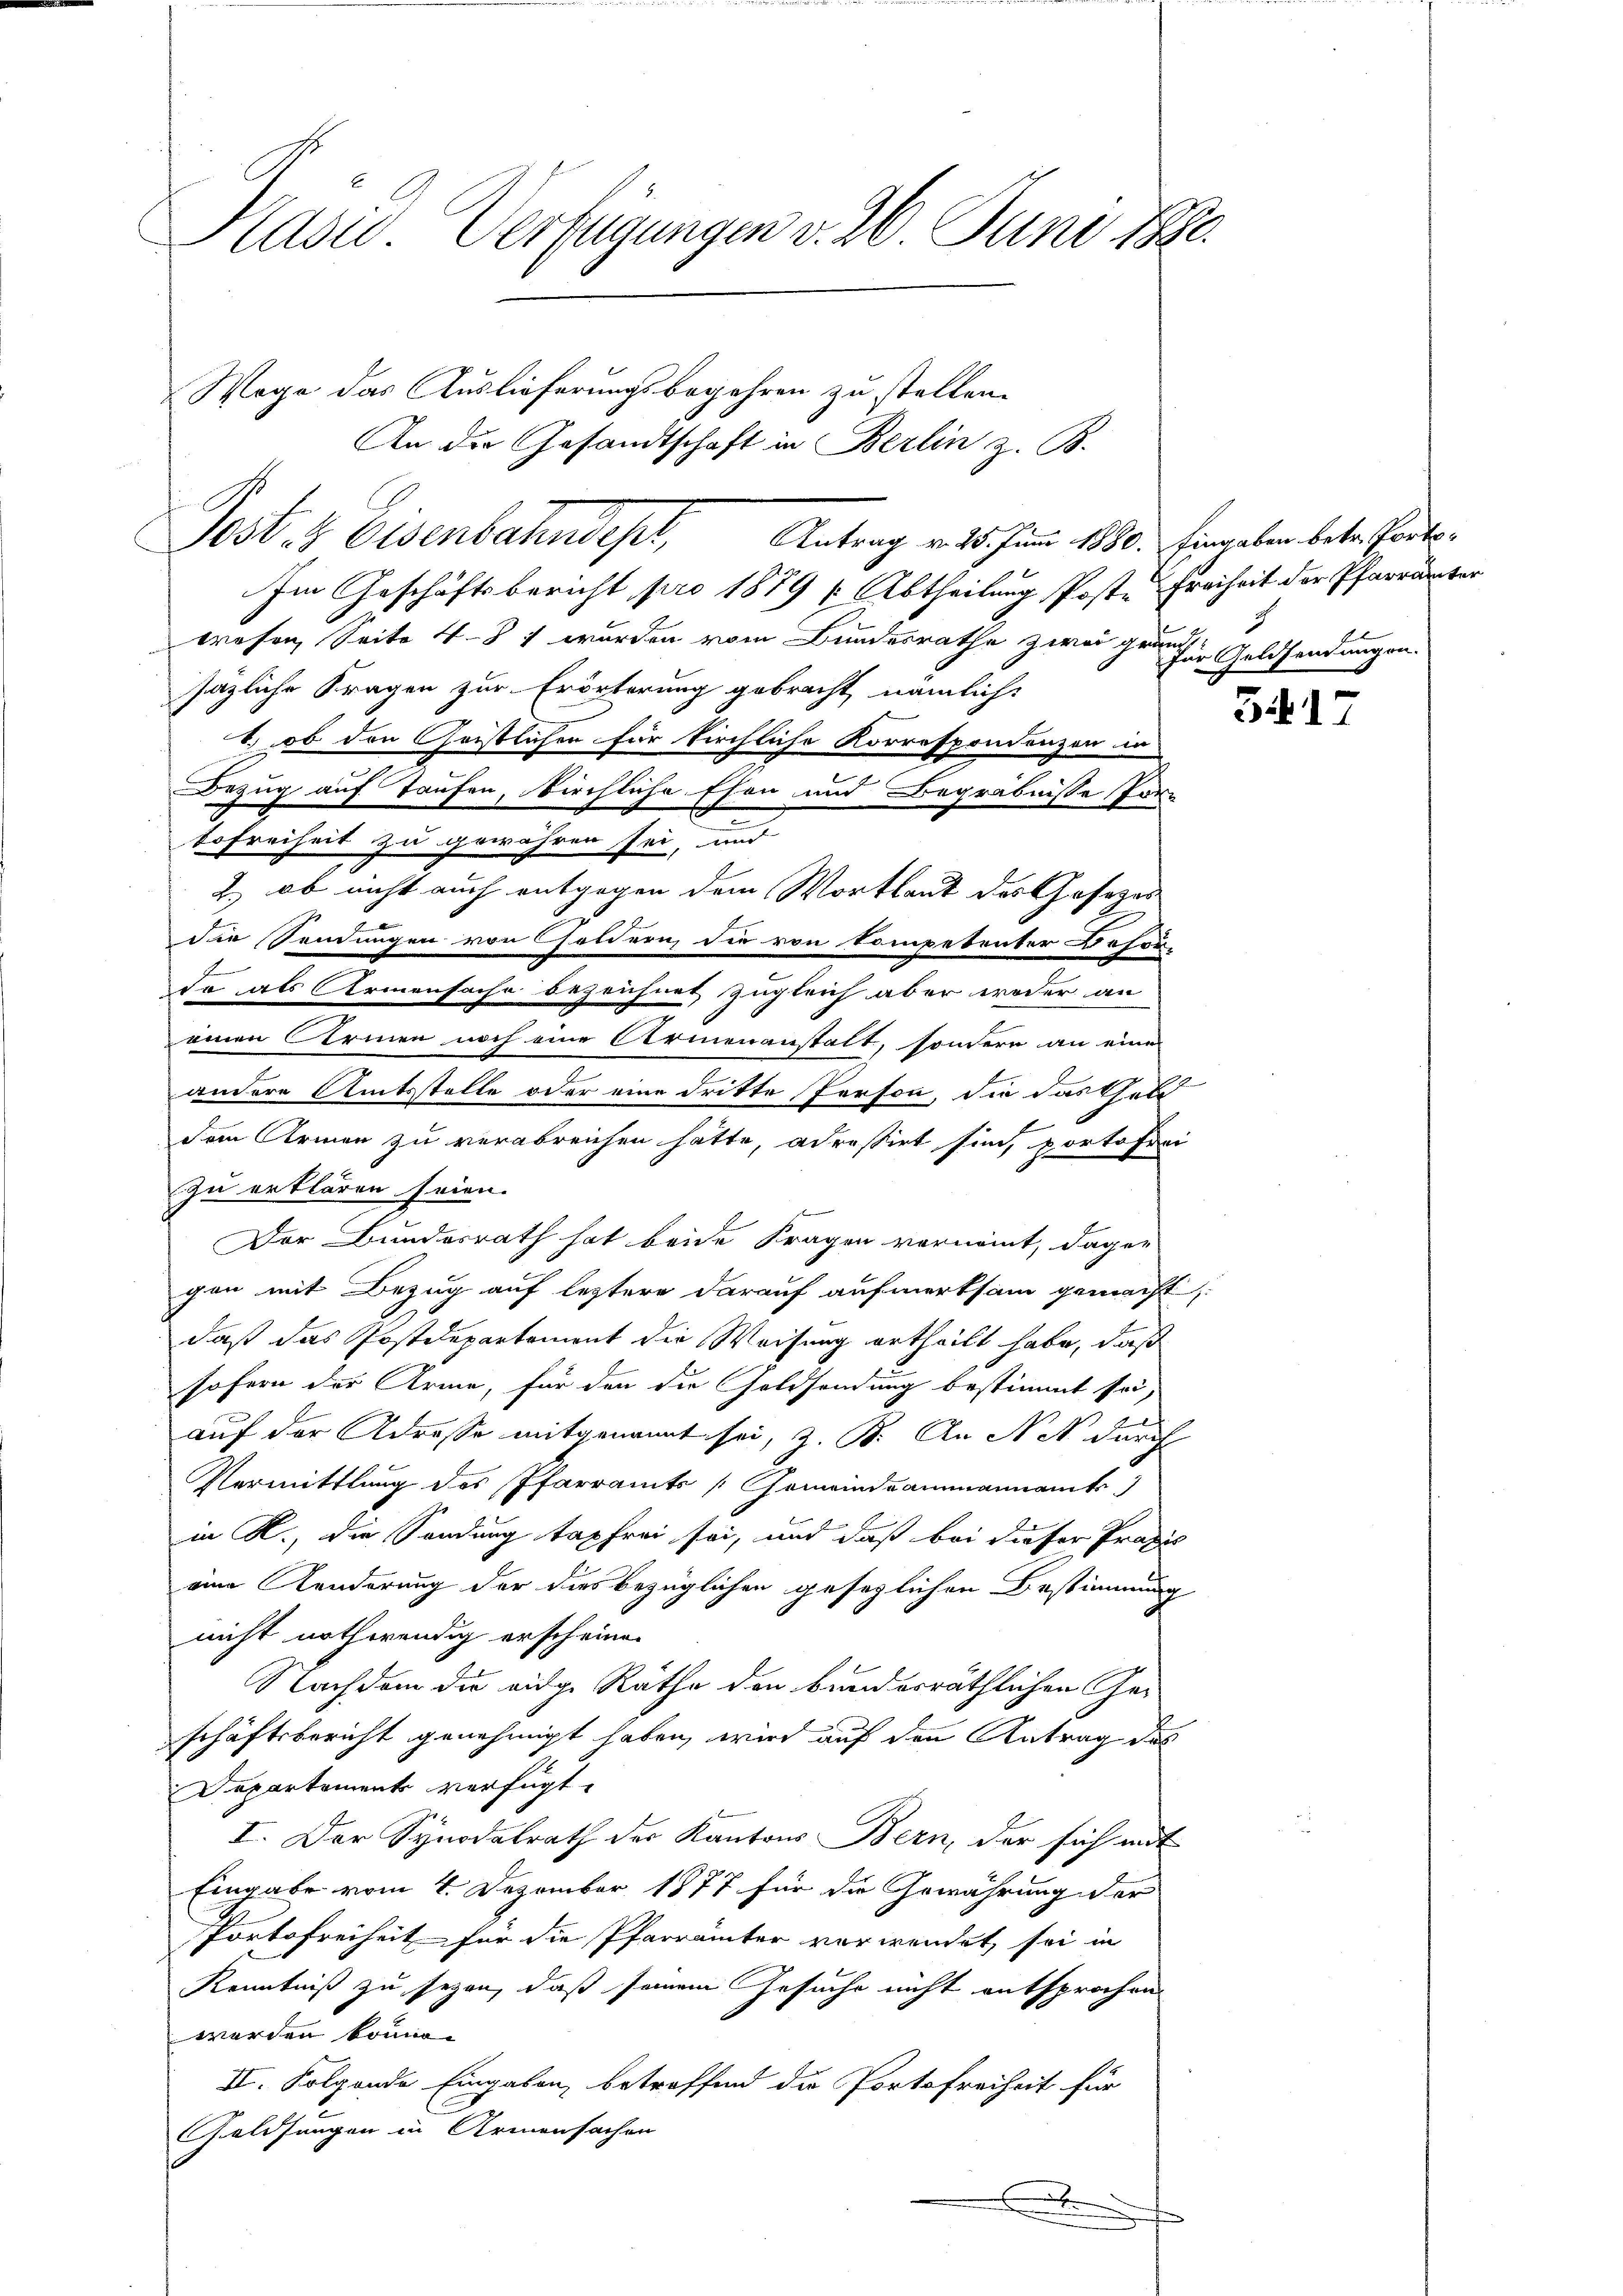
Postiz Eisenbahndept, Antrag v. 25. Juni 1880. Eingaben betr. Parte¬

Päsid. Verfügungen v. 26. Juni 1880.
Wege das Auslieferungsbegehren zu stellen.
An die Gesandtschaft in Berlin z. B.

Im Geschäftsbericht pro 1879 (Abtheilung Poste Freiheit der Pfarrämter
wrefen Seite 481 wurden vom Bundesrathe zwei grun
säzliche Fragen zur Erörterung gebracht nämlich:
1.) ob den Geistlichen für kirchliche Korrespondenzen in
Bezug auf Taufen, kirchliche Ehen und Begräbnisse Porz
tofreiheit zu gewähren sei, und
2.) ob nicht auch entgegen dem Wortlaut des Gesezes
die Sendungen von Holdern die von Kompetenter Besor-
da als Armensache bezeichnet, zugleich aber weder an
einen Armen noch eine Armenanstalt, sondern an eine
andere Amtsstelle oder eine dritte Person, die das Geld
dem Armen zu verabreichen hätte, adressirt sind, portofrei
zu erklären seien.
Der Bundesrath hat beide Fragen vernommt, dagen
gen mit Bezug auf leztere darauf aufmerksam gemacht
daß das Postdepartement die Weisung ertheilt habe, daß
sofern der Arme, für den die Goldsendung bestimmt sei,
auf der Adresse mitgenannt sei, z. B. An Not durch
Vermittlung des Pfarramts Gemeindeammannamts
in R., die Sendung tapfrei sei, und daß bei dieser Praxis
eine Kinderung der dies bezüglichen gesezlichen Bestimmung
nicht nothwendig erscheinen
Nachdem die eidge Räthe den bunderräthlichen Geschäftsbericht genehmigt haben, wird auf den Antrag des
Departement verfügt:
I. Der Synodalrath der Kantons Bern, der sich mit
Eingabe vom 4. Dezember 1877 für die Gewährung der
Portofreiheit für die Pfarrämter verwendet, sei in
Kenntniß zu seyen, daß seinem Gesuche nicht entsprochen
werden könne.
II. Folgende Eingaben, betreffend die Portofreiheit für
Geldsangen in Armensachen
.

für Gelesendungen.

3417